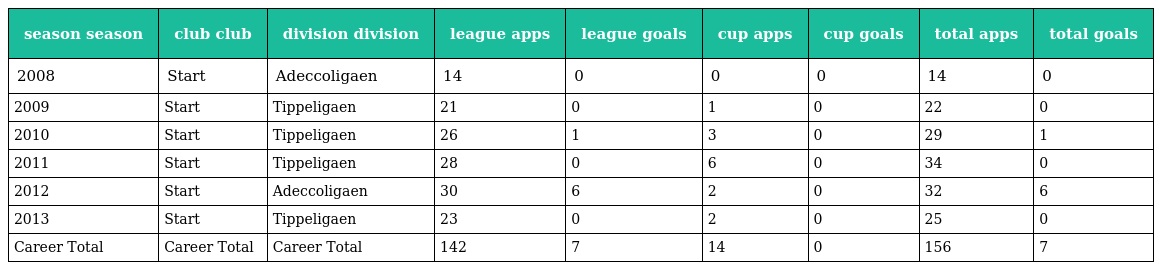
| season season | club club | division division | league apps | league goals | cup apps | cup goals | total apps | total goals |
 | --- | --- | --- | --- | --- | --- | --- | --- | --- |
 | 2008 | Start | Adeccoligaen | 14 | 0 | 0 | 0 | 14 | 0 |
 | 2009 | Start | Tippeligaen | 21 | 0 | 1 | 0 | 22 | 0 |
 | 2010 | Start | Tippeligaen | 26 | 1 | 3 | 0 | 29 | 1 |
 | 2011 | Start | Tippeligaen | 28 | 0 | 6 | 0 | 34 | 0 |
 | 2012 | Start | Adeccoligaen | 30 | 6 | 2 | 0 | 32 | 6 |
 | 2013 | Start | Tippeligaen | 23 | 0 | 2 | 0 | 25 | 0 |
 | Career Total | Career Total | Career Total | 142 | 7 | 14 | 0 | 156 | 7 |